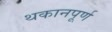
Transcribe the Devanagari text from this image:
थकानपूर्ण